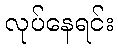
လုပ်နေရင်း